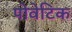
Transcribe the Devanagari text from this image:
पोवेटिक